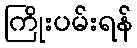
ကြိုးပမ်းရန်